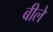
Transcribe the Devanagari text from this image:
बीले